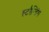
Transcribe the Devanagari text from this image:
स्टरैन्डिंग